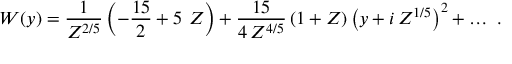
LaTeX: W ( y ) = \frac { 1 } { Z ^ { 2 / 5 } } \left( - \frac { 1 5 } { 2 } + 5 ~ Z \right) + \frac { 1 5 } { 4 \, Z ^ { 4 / 5 } } \left( 1 + Z \right) \left( y + i \, Z ^ { 1 / 5 } \right) ^ { 2 } + \ldots \ .